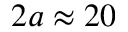
2 a \approx 2 0